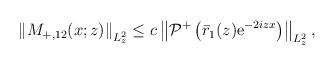
LaTeX: \begin{align*}\begin{aligned}\left\|M_{+,12}(x ; z)\right\|_{L_{ z}^{2}} \leq c \left\|\mathcal{P}^+\left(\bar{r}_1(z) \mathrm{e}^{-2iz x}\right)\right\|_{L_{z}^2},\end{aligned}\end{align*}